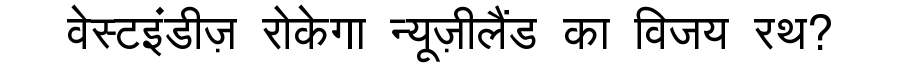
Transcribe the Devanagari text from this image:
वेस्टइंडीज़ रोकेगा न्यूज़ीलैंड का विजय रथ?